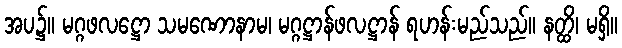
အပ၌။ မဂ္ဂဖလဋ္ဌော သမဏောနာမ၊ မဂ္ဂဋ္ဌာန်ဖလဋ္ဌာန် ရဟန်းမည်သည်။ နတ္ထိ၊ မရှိ။